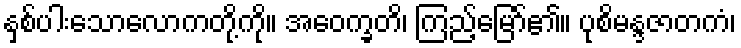
နှစ်ပါးသောလောကတို့ကို။ အဝေက္ခတိ၊ ကြည့်မြော်၏။ ပုစိမန္ဒဇာတကံ၊